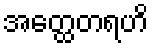
အတ္ထေတရဟိ